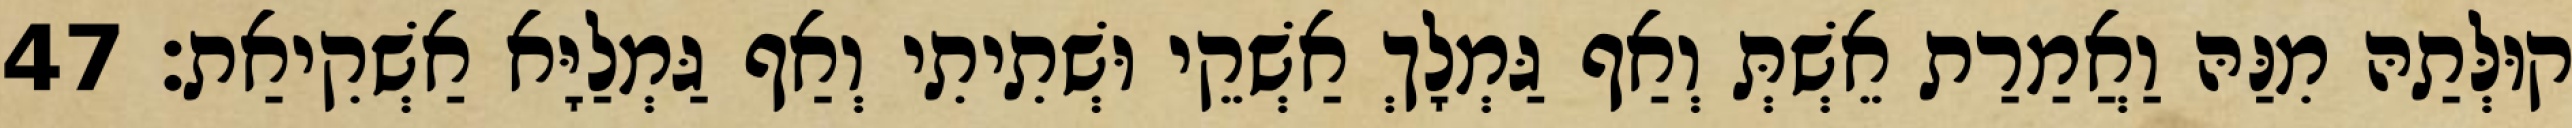
קוּלְּתַהּ מִנַּהּ וַאֲמַרַת אֵשְׁתְּ וְאַף גַּמְלָךְ אַשְׁקֵי וּשְׁתִיתִי וְאַף גַּמְלַיָּא אַשְׁקִיאַת׃ 47